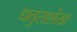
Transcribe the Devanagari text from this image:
धतुराशेख